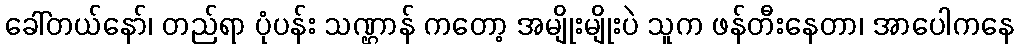
ခေါ်တယ်နော်၊ တည်ရာ ပုံပန်း သဏ္ဌာန် ကတော့ အမျိုးမျိုးပဲ သူက ဖန်တီးနေတာ၊ အာပေါကနေ